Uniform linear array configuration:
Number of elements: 12
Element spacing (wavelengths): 0.5
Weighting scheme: hamming
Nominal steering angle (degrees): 15
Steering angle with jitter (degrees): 15.841
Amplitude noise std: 0.05
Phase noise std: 0.05

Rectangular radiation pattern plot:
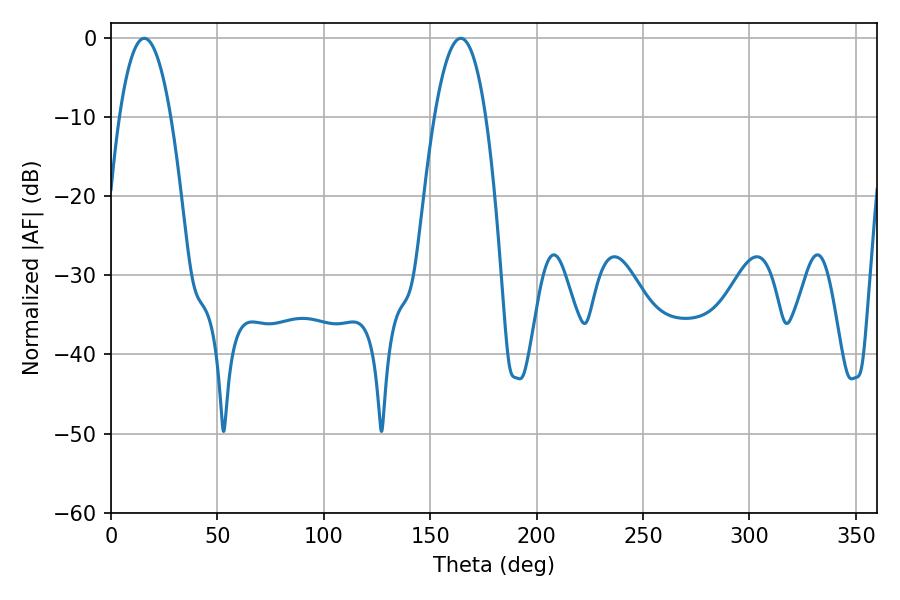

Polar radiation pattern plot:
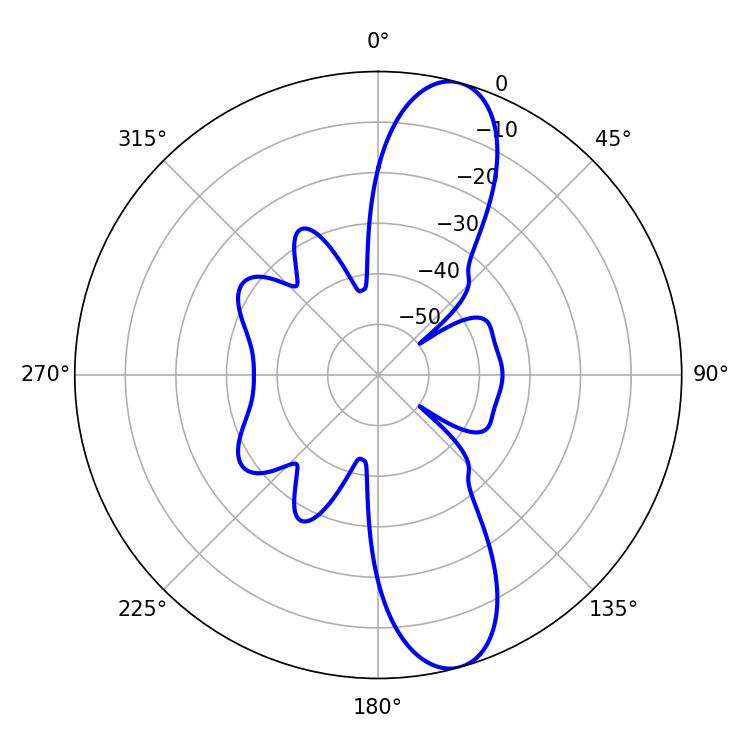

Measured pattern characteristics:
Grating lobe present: FALSE
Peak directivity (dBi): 11.724
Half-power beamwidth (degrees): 13.32
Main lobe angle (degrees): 15.66